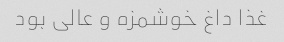
غذا داغ خوشمزه و عالی بود